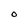
Character: O